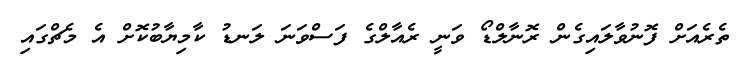
ތެރެއަށް ފޮނުވާލައިގެން ރޮނާލްޑޯ ވަނީ ރެއާލްގެ ފަސްވަނަ ލަނޑު ކާމިޔާބުކޮށް އެ މެޗްގައި